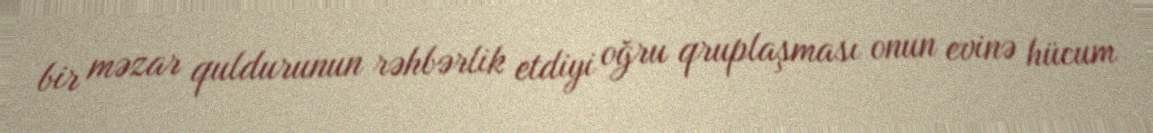
bir məzar quldurunun rəhbərlik etdiyi oğru qruplaşması onun evinə hücum